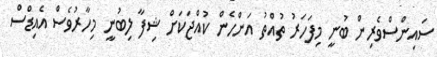
ސައިންސްވެރިން ބުނީ މިފަހަރު ތުއްތު އަންހެން ކުއްޖަކަށް ޝިފާ ލިބުނީ މިހާރުވެސް އެއިޑްސް